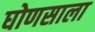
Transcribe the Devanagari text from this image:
घोणसाला